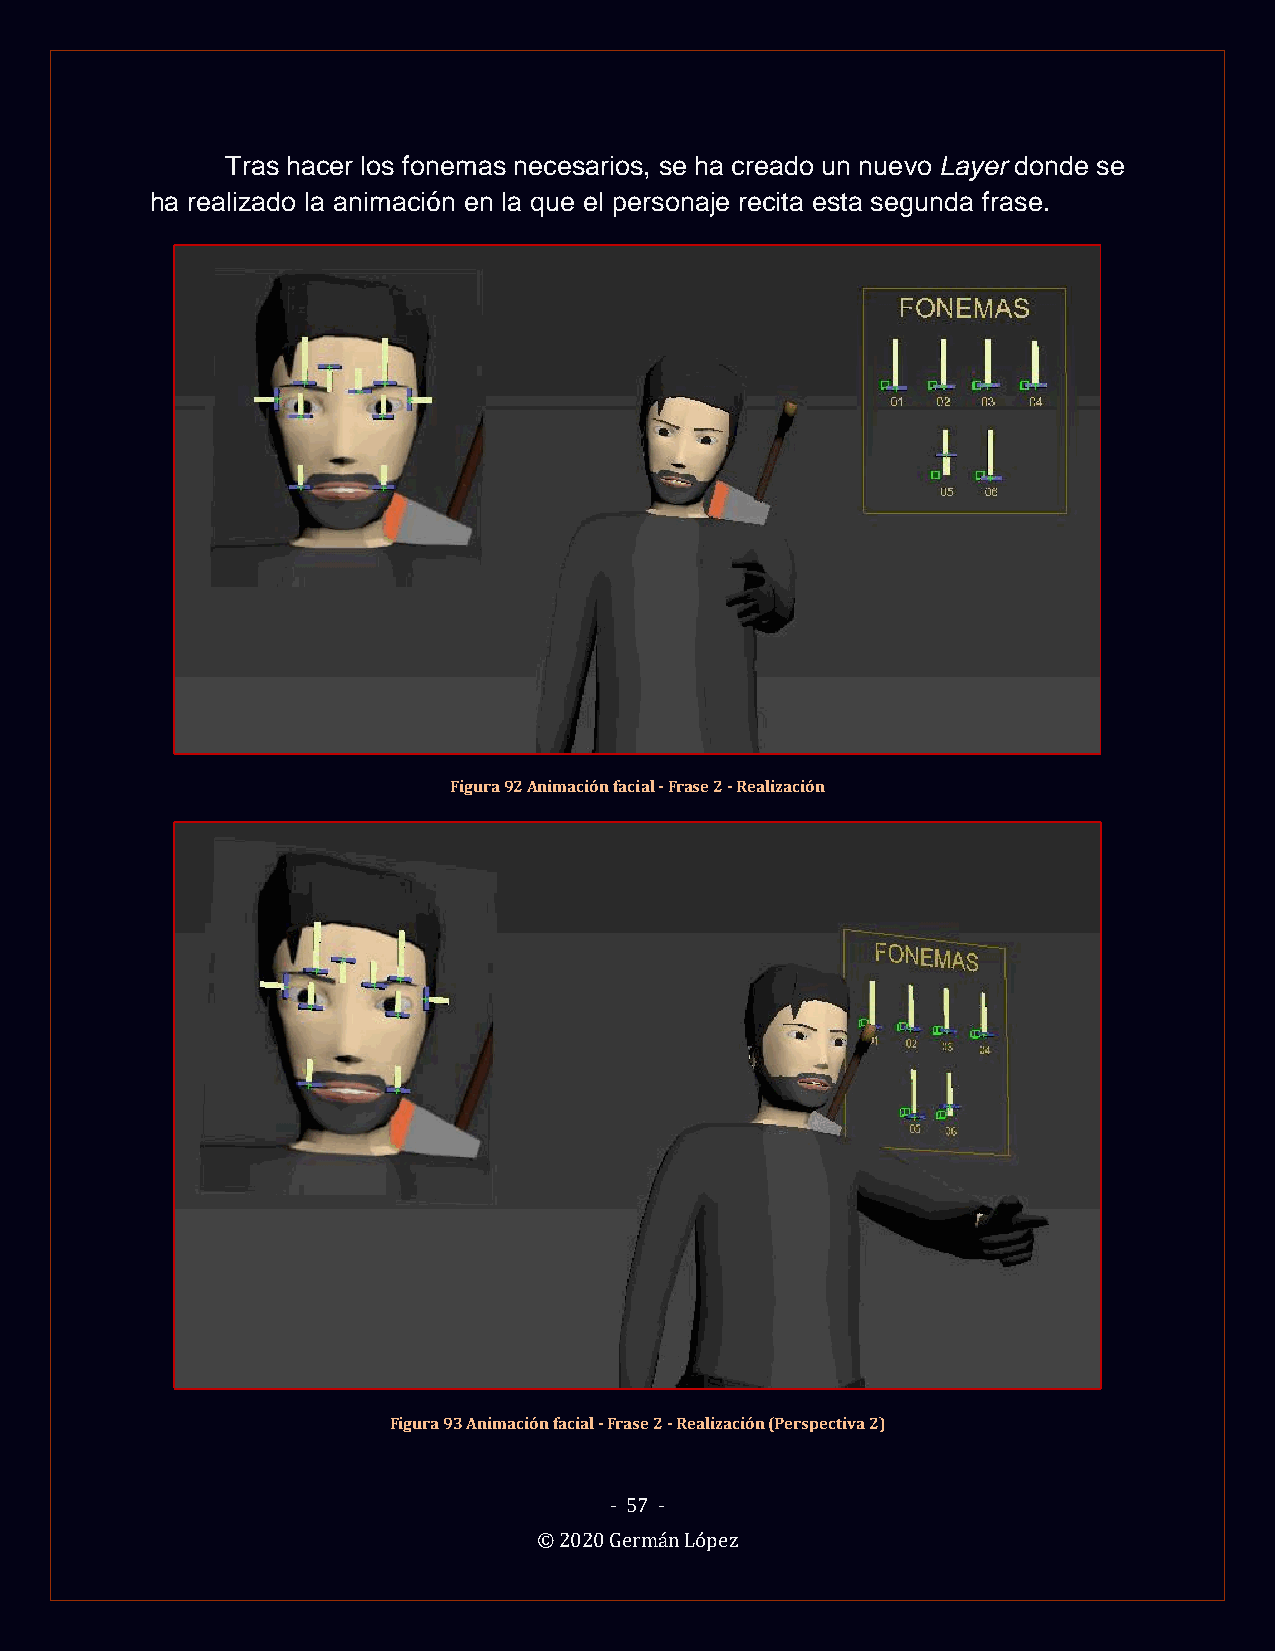
Tras hacer los fonemas necesarios, se ha creado un nuevo Layer donde se
 ha realizado la animación en la que el personaje recita esta segunda frase.
 Figura 92 Animación facial - Frase 2 - Realización
 Figura 93 Animación facial - Frase 2 - Realización (Perspectiva 2)
 - 57 -
 © 2020 Germán López